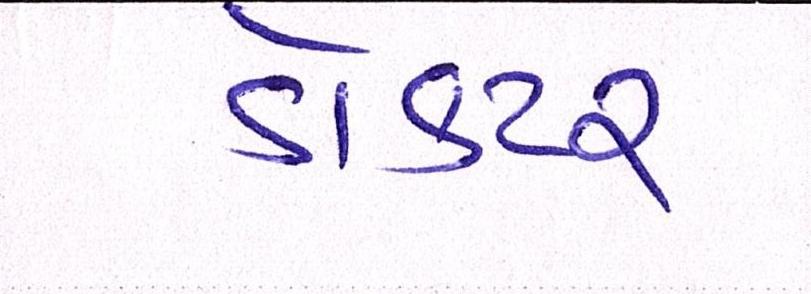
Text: ડોકટર